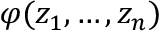
\varphi ( z _ { 1 } , \ldots , z _ { n } )